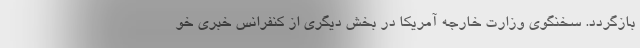
بازگردد. سخنگوی وزارت خارجه آمریکا در بخش دیگری از کنفرانس خبری خو